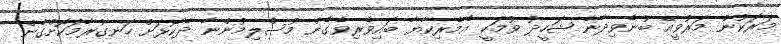
މަރަކުން މަރުވީއޭ ބުނެވިދާނެ ޝަހީދު ވުމަކީ އެމެރިކާޔާ ބައިވެރިވެގެން މުސްލިމުންނާ ދެކޮޅަށް ހަނގުރާމަކޮށްގެން